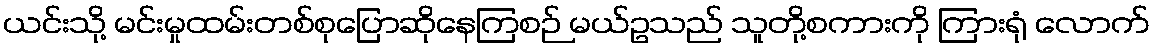
ယင်းသို့ မင်းမှုထမ်းတစ်စုပြောဆိုနေကြစဉ် မယ်ဥသည် သူတို့စကားကို ကြားရုံ လောက်